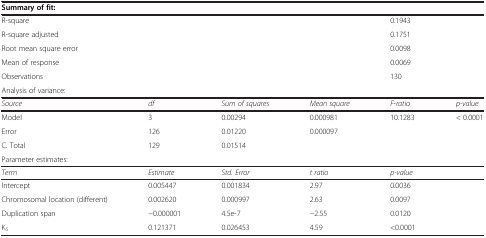
| Summary of fit: |  |  |  |  |  |
 | --- | --- | --- | --- | --- | --- |
 | R-square |  |  |  | 0.1943 |  |
 | R-square adjusted |  |  |  | 0.1751 |  |
 | Root mean square error |  |  |  | 0.0098 |  |
 | Mean of response |  |  |  | 0.0069 |  |
 | Observations |  |  |  | 130 |  |
 | <COLSPAN=6> Analysis of variance: |
 | Source | df | Sum of squares | Mean square | F-ratio | p-value |
 | Model | 3 | 0.00294 | 0.000981 | 10.1283 | < 0.0001 |
 | Error | 126 | 0.01220 | 0.000097 |  |  |
 | C. Total | 129 | 0.01514 |  |  |  |
 | <COLSPAN=6> Parameter estimates: |
 | Term | Estimate | Std. Error | t ratio | p-value |  |
 | Intercept | 0.005447 | 0.001834 | 2.97 | 0.0036 |  |
 | Chromosomal location (different) | 0.002620 | 0.000997 | 2.63 | 0.0097 |  |
 | Duplication span | −0.000001 | 4.5e-7 | −2.55 | 0.0120 |  |
 | KS | 0.121371 | 0.026453 | 4.59 | <0.0001 |  |